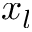
x _ { l }